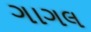
ગાગલ